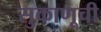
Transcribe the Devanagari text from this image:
सुकाणूची